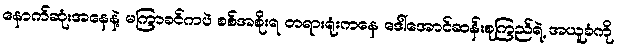
နောက်ဆုံးအနေနဲ့ မကြာခင်ကပဲ စစ်အစိုးရ တရားရုံးကနေ ဒေါ်အောင်ဆန်းစုကြည်ရဲ့ အယူခံကို